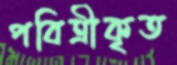
পবিত্রীকৃত